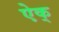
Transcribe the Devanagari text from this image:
ऐक्